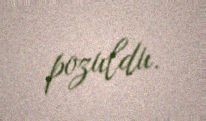
pozuldu.